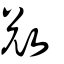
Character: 奪